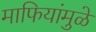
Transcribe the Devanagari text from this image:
माफियांमुळे